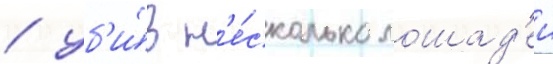
/ уб'и́в н'е́сколько лошад'еи